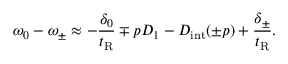
\omega _ { 0 } - \omega _ { \pm } \approx - \frac { \delta _ { 0 } } { t _ { \mathrm { R } } } \mp p D _ { 1 } - D _ { \mathrm { i n t } } ( \pm p ) + \frac { \delta _ { \pm } } { t _ { \mathrm { R } } } .